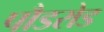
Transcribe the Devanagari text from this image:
पौडरोड